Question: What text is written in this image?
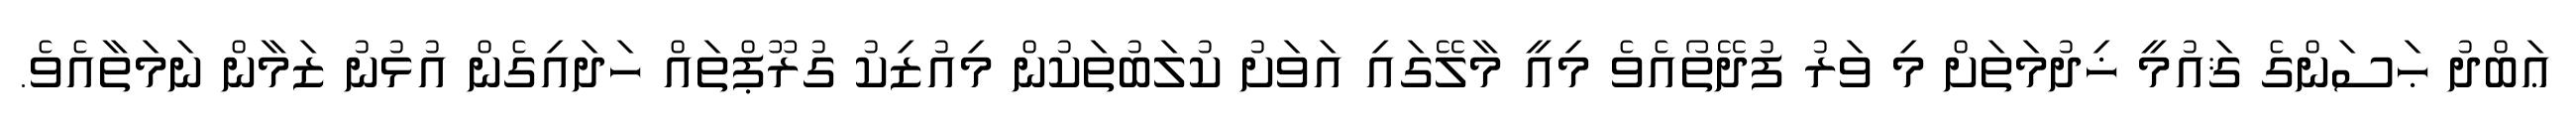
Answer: ޢަބްދު ޙަސަންގެ ޤައުމީ ޚިދުމަތަށް މި ވަރު ފުދޭތޯއެވެ މިއީ މާލޭގައި އަވަށު ކުލަބުތަކުން މިއުޒިކު ގުރޫޕްތައް ހަދައިގެން އުޅުނު ޒަމާން ނަމަތާއެވެ.